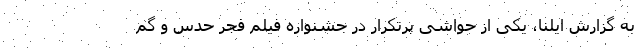
به گزارش ایلنا، یکی از حواشی پرتکرار در جشنواره فیلم فجر حدس و گم